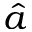
\hat { a }